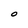
Character: O